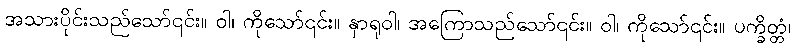
အသားပိုင်းသည်သော်၎င်း။ ဝါ၊ ကိုသော်၎င်း။ နှာရုဝါ၊ အကြောသည်သော်၎င်း။ ဝါ၊ ကိုသော်၎င်း။ ပက္ခိတ္တံ၊